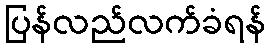
ပြန်လည်လက်ခံရန်